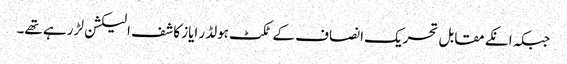
جبکہ انکے مقابل تحریک انصاف کے ٹکٹ ہولڈر ایاز کاشف الیکشن لڑ رہے تھے۔